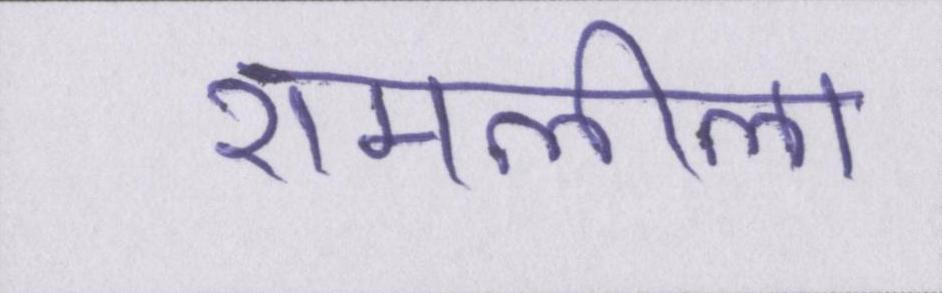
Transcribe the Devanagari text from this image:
रामलीला